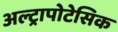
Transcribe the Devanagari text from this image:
अल्ट्रापोटेसिक